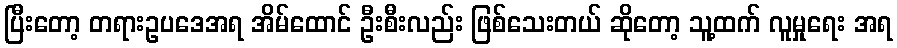
ပြီးတော့ တရားဥပဒေအရ အိမ်ထောင် ဦးစီးလည်း ဖြစ်သေးတယ် ဆိုတော့ သူ့ထက် လူမှုရေး အရ